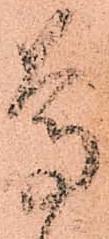
尊